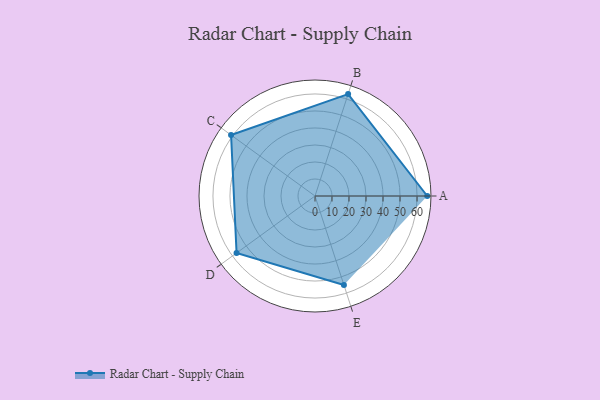
{"axis": {"x": "Skill", "y": "Score"}, "legend": ["Profile"], "data": [{"x": "A", "y": 66.0, "type": "Profile"}, {"x": "B", "y": 63.0, "type": "Profile"}, {"x": "C", "y": 61.0, "type": "Profile"}, {"x": "D", "y": 57.0, "type": "Profile"}, {"x": "E", "y": 55.0, "type": "Profile"}]}